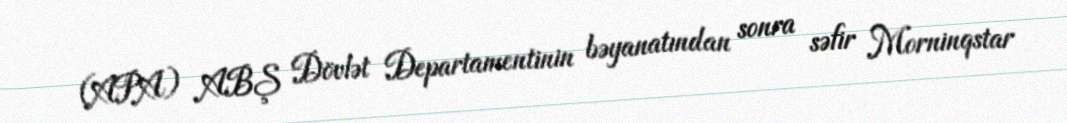
(APA) ABŞ Dövlət Departamentinin bəyanatından sonra səfir Morninqstar